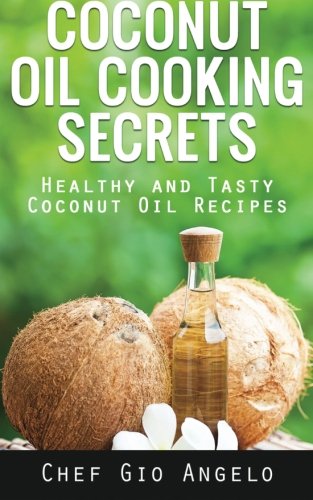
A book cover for Coconut Oil Cooking Secrets: Healthy And Tasty Coconut Oil Recipes; Chef Gio Angelo; Cookbooks, Food & Wine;